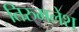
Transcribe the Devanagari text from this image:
तिरुमलेश